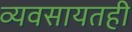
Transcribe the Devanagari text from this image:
व्यवसायतही